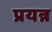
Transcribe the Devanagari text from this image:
प्रयन्न